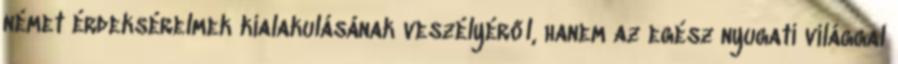
német érdeksérelmek kialakulásának veszélyéről, hanem az egész nyugati világgal